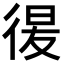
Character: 𢔕